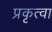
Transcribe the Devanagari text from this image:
प्रकृत्वा